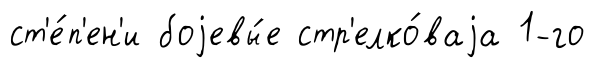
ст'е́п'ен'и боjевы́е стр'елко́ваjа 1-го